Annual report on the working of the lock hospitals in the Central Provinces
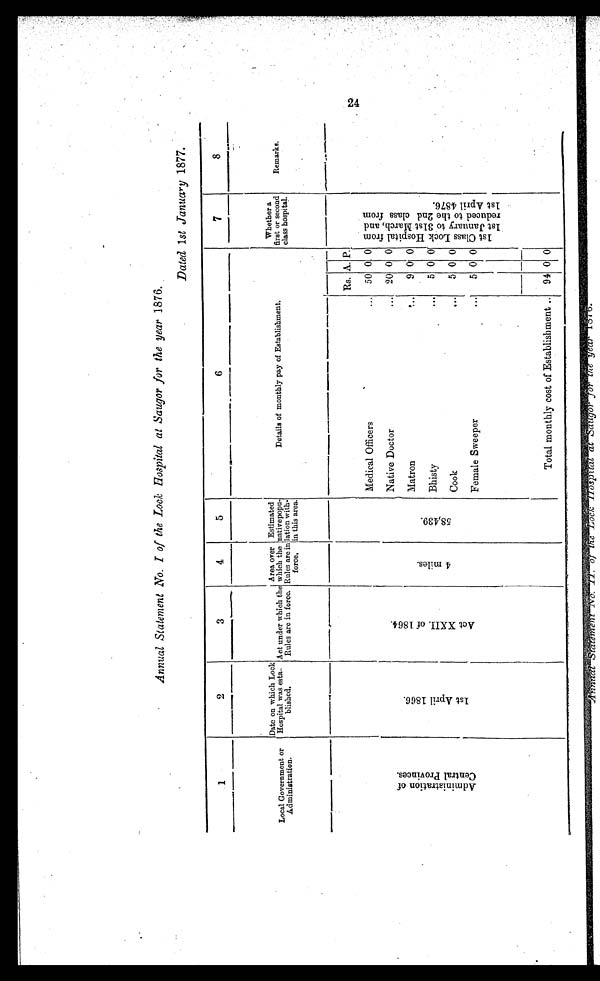
6
8
Remarks.
Whether a
first or second
class hospital.
Annual Statement No. I of the Lock Hospital at Saugor for the year 1876.
Dated 1st Janua ry 1877.
. n.n.n. n...=n. n. .0,11M.
anonmnssIPP.miabll
AN, ,,.,;.=z:v.:7AVAP,ftvif., 4C11, 7i%*.01,1r-',WOng.01WV '75:1'1N90:17.
7.73?7-
zgoom47,4wA L 4,,Arg.W7-ofg,"Aggyi-t
e
' V 0.
Date on which Look
Area over Estimated
Local Government or
Hospital was esta.. Act under which the which the nativepopu-
Details of monthly pay of Establishment.
Administration.
blished.
Rules are in force, Rules are in lation with.
force,
in this area.
cc
0)
.
00
Medical Officers
Native Doctor
Matron
Bhisty
Cook
Female Sweeper
Total monthly cost of Establishment
Mo.. n
. n ...
...
.
.
II
. . .
..
Rs.
50
20
9
5
5
5
A. P.
0 0
0 0
0 0
0 0
0 0
0
0 0
94